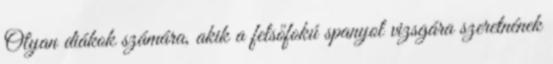
Olyan diákok számára, akik a felsőfokú spanyol vizsgára szeretnének